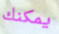
يمكنك